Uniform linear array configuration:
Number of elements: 4
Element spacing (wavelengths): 0.5
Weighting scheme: blackman
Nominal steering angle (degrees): -45
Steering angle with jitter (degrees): -46.513
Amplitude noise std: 0.05
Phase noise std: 0.05

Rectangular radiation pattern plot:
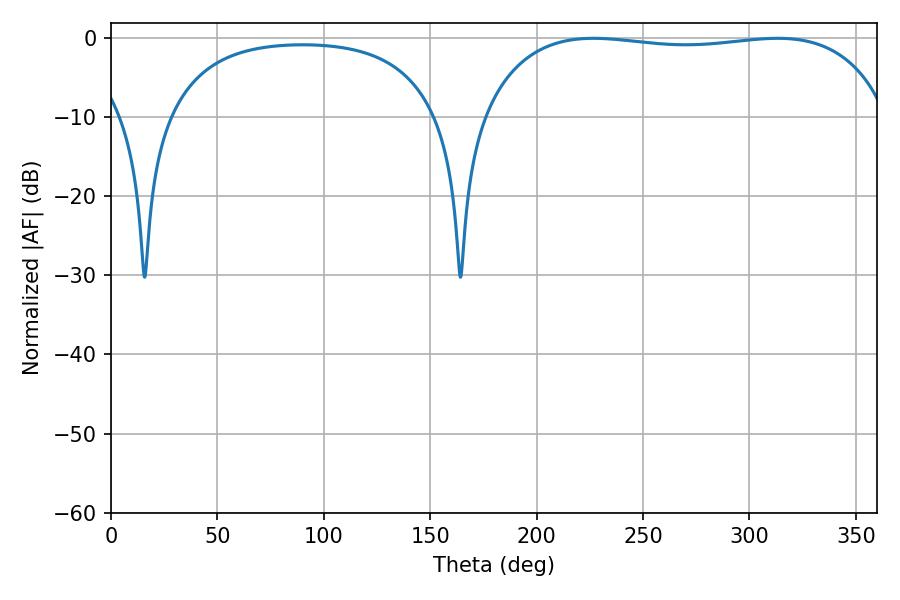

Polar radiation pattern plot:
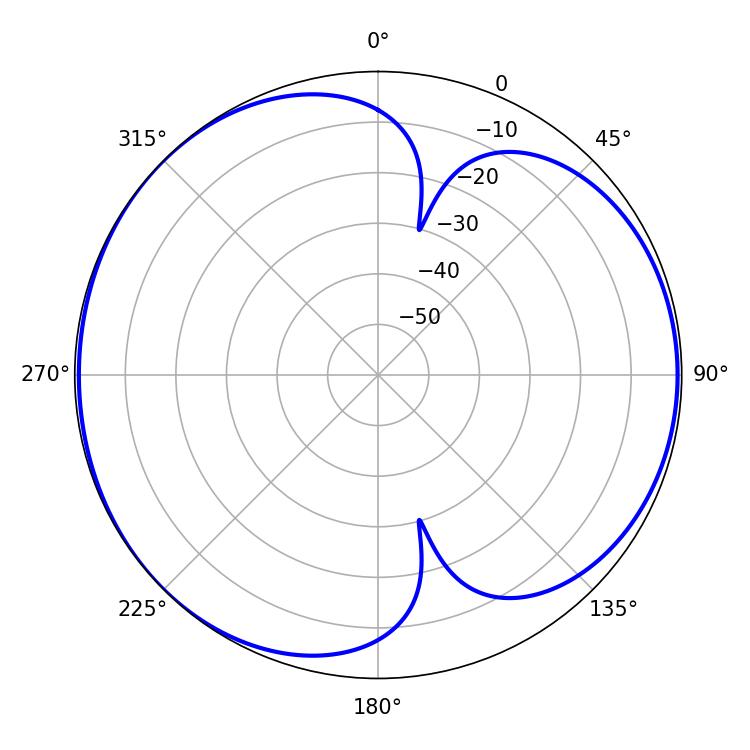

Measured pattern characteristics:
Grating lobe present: FALSE
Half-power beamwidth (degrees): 153.36
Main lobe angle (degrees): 226.62